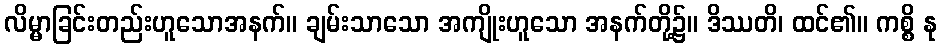
လိမ္မာခြင်းတည်းဟူသောအနက်။ ချမ်းသာသော အကျိုးဟူသော အနက်တို့၌။ ဒိဿတိ၊ ထင်၏။ ကစ္စိ နု